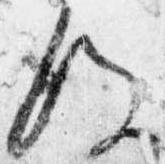
後